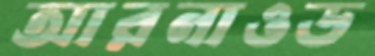
আরনাওড